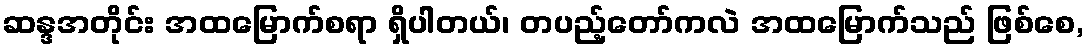
ဆန္ဒအတိုင်း အထမြောက်စရာ ရှိပါတယ်၊ တပည့်တော်ကလဲ အထမြောက်သည် ဖြစ်စေ,